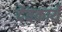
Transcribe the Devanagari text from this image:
देवकार्ये